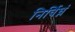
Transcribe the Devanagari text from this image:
निर्विघ्नं